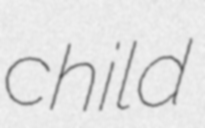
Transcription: child